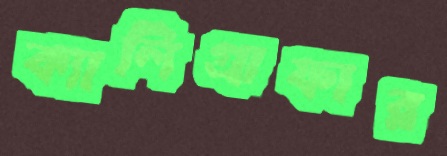
ক্যালিগ্রাফার